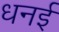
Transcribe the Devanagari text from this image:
धनई